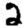
Digit: 2